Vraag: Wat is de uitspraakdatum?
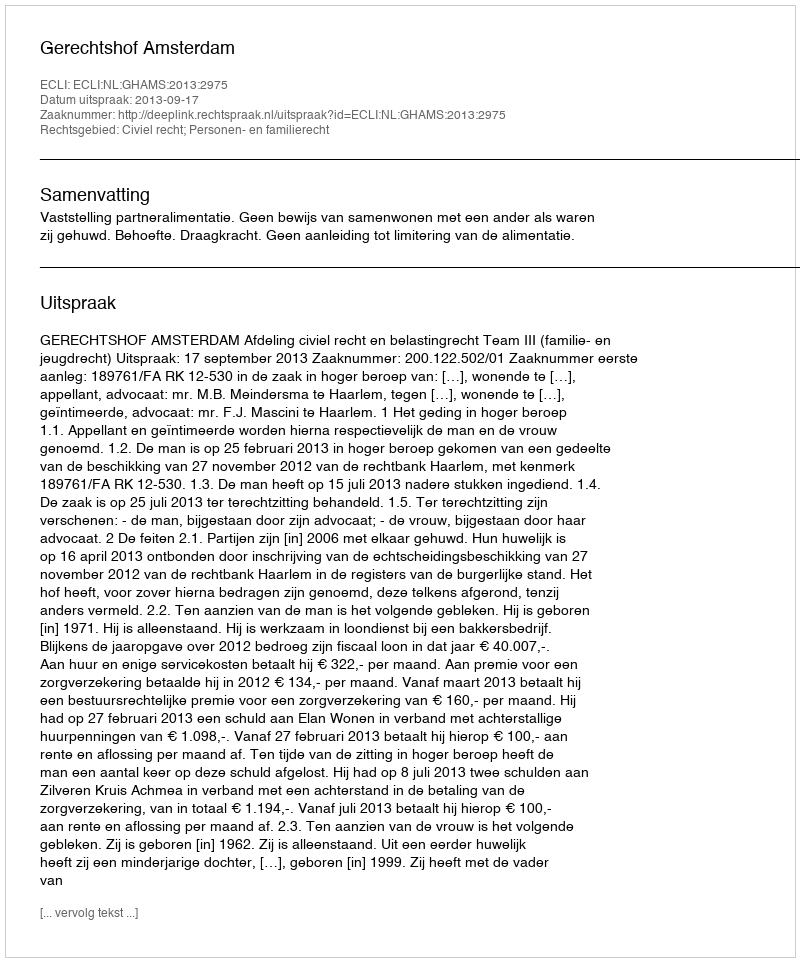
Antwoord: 2013-09-17